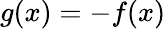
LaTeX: g(x)=-f(x)